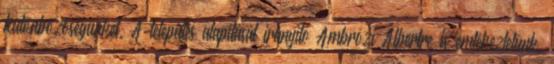
különbözőségünket. A település alapítását irányító Ambrózi Albertre is emlékeztetünk,